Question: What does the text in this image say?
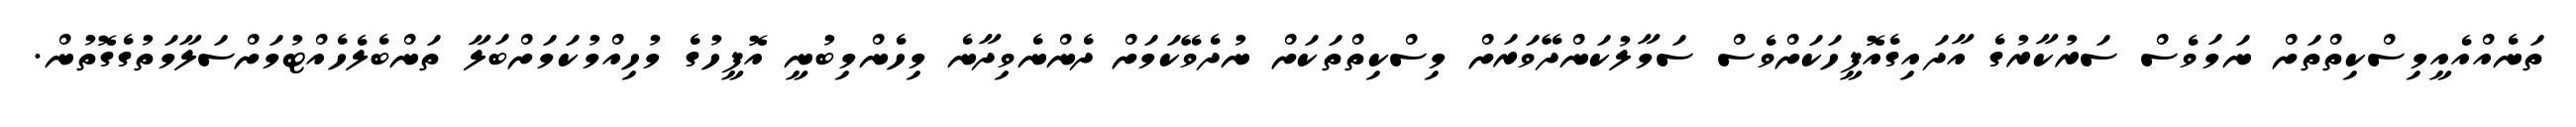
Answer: ތަނެއްއެއީމިސްކިތްތަށް ނަމަވެސް ސަރުކާރުގެ އާދައިގެއޮފީހަކަށްވެސް ސަމާލުކަންދޭވަރަށް މިސްކިތްތަކަށް ނުދެވޭކަމަށް ދެންނެވިދާނެ މިހެންމިބުނީ އޮފީހުގެ މުހިއްމުކަމަށްބަލާ ތަންބެލެހެއްޓުމަށްސަލާމަތުގެގޮތުން.